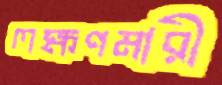
লক্ষণমারী